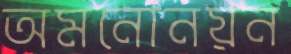
অমনোনয়ন